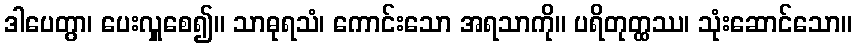
ဒါပေတွာ၊ ပေးလှူစေ၍။ သာဓုရသံ၊ ကောင်းသော အရသာကို။ ပရိတုတ္ထဿ၊ သုံးဆောင်သော။